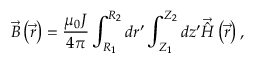
\vec { B } \left( \vec { r } \right) = \frac { \mu _ { 0 } J } { 4 \pi } \int _ { R _ { 1 } } ^ { R _ { 2 } } d r ^ { \prime } \int _ { Z _ { 1 } } ^ { Z _ { 2 } } d z ^ { \prime } \vec { \hat { H } } \left( \vec { r } \right) ,